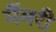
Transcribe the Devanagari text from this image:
मैंमरी